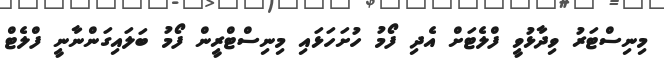
މިނިސްޓަރު ވިދާޅުވީ ފްލެޓަށް އެދި ފޯމު ހުށަހަޅައި މިނިސްޓްރީން ފޯމު ބަލައިގަންނާނީ ފްލެޓް